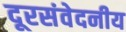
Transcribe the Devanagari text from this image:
दूरसंवेदनीय